Report on vaccination in Madras 1922-1929 - 1922-1929
Year: 1922
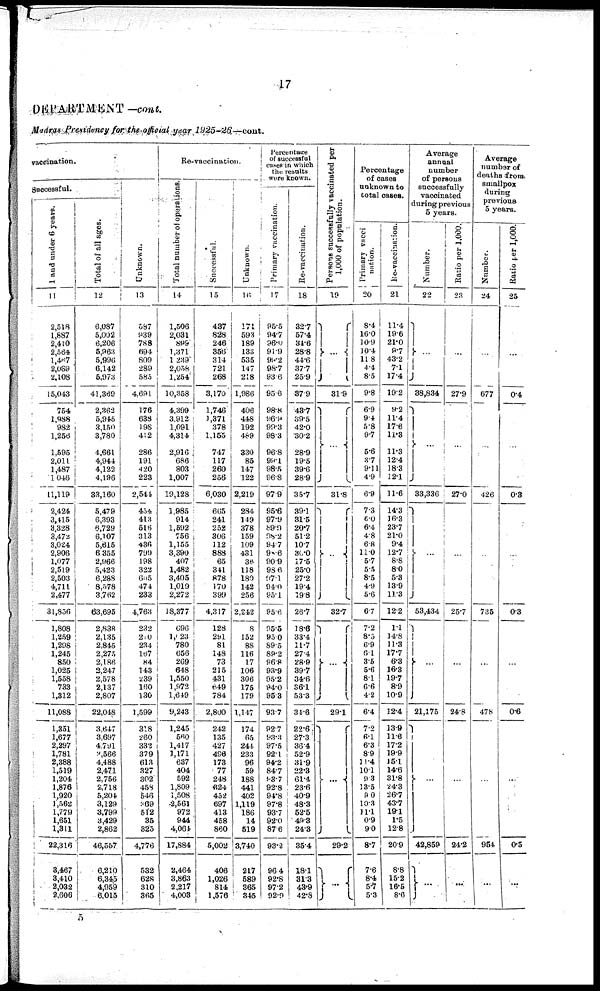
17
DEPARTMENT —cont.
Madras Presidency for the official year 1925-26—cont.
vaccination.
Successful.
1 and under 6 years.
11
2,5l8
1,887
2,410
2,564
1,467
2,089
2,108
15,043
754
1,988
982
1,256
1,595
2,011
1,487
1,046
11,119
2,424
3,415
3,328
3,472
3,024
2,906
1,077
2,519
2,503
4,711
2,477
31,836
1,808
1,259
1,298
1,245
850
1,025
1,558
733
1,312
11,088
1,351
1,677
2,297
1,781
2,388
1,519
1,204
1,876
1,920
1,562
1,779
1,651
1,311
22,316
3,467
3,410
2,032
2,606
Total of all ages.
12
6,087
5,002
6,206
5,963
5,996
6,142
5,973
41,369
2,362
5,945
3,150
3,780
4,661
4,944
4,122
4,196
33,160
5,479
6,393
6,729
6,107
5,615
6,355
2,966
5,423
6,288
8,578
3,762
63,695
2,838
2,135
2,845
2,275
2,186
2,247
2,578
2,137
2,807
22,048
3,647
3,697
4,79l
3,566
4,488
2,471
2,756
2,718
5,204
3,129
3,799
3,429
2,862
46,557
6,210
6,345
4,959
6,015
Unknown.
13
587
939
788
694
809
289
585
4,691
176
638
198
412
286
191
420
223
2,544
434
413
516
313
436
799
198
322
605
474
233
4,763
232
210
234
167
84
143
239
160
130
1,599
318
260
332
379
613
327
302
458
546
369
512
35
325
4,776
532
628
310
365
Re-vaccination.
Total number of operations.
14
1,506
2,031
899
1,371
1,239
2,058
1,254
10,358
4,399
3,912
1,091
4,314
2,916
686
803
1,007
19,128
1,985
914
1,592
756
1,155
3,390
407
1,482
3,405
1,019
2,272
18,377
696
1,023
780
656
269
648
1,550
1,972
1,649
9,243
1,245
560
1,417
1,171
637
404
592
1,809
1,508
2,561
972
944
4,061
17,884
2,464
3,863
2,217
4,003
Successful.
15
437
828
246
356
314
721
268
3,170
1,746
1,371
378
1,155
747
117
260
256
6,030
665
241
252
306
112
888
65
341
878
170
399
4,317
128
291
81
148
73
215
431
649
784
2,800
242
135
427
496
173
77
248
824
452
697
413
458
860
5,002
406
1,026
814
1,576
Unknown.
16
171
593
189
133
535
147
218
1,986
406
448
192
489
330
85
147
122
2,219
284
149
378
159
109
431
36
118
180
142
256
2,242
8
152
88
116
17
106
306
175
179
1,147
174
65
244
233
96
59
188
441
402
1,119
186
14
519
3,740
217
589
365
345
Percentage
of successful
cases in which
the results
were known.
Primary vaccination.
17
95.5
94.7
96·0
91.9
99·2
98·7
93.6
95·6
98.8
96.9
99.3
98.3
96.8
99.1
98.5
96.8
97.9
95.6
97.9
89·9
98·2
94.7
90·6
90.9
98.6
97·l
94.0
95·l
95.6
95.5
95.0
89·5
89.2
96.8
93.9
95.2
94.0
95.3
93.7
92.7
93.3
97.5
92.1
94.2
84.7
93.7
92.8
94.8
97.8
93.7
92.0
87.6
93.2
96.4
92.8
97.2
92·9
Re-vaccination.
18
32.7
57.4
34.6
28.8
44.6
37.7
25.9
37.9
43.7
39·5
42·0
30.2
28.9
19.5
39.6
28.9
35.7
39.1
31.5
20·7
51.2
10.7
30.0
17.5
25.0
27.2
19.4
19.8
26.7
18·6
33.4
11.7
27.4
28.9
39.7
34.6
36.1
53.3
34.6
22.6
27.3
36.4
52.9
31.9
22.3
6l·4
23.6
40.9
48.3
52.5
49.3
24.3
35.4
18·l
31.3
43.9
42·8
Persons successfully vaccinated per
1,000 of population.
19
...
31.9
...
3l·8
...
32.7
...
29.1
...
29.2
...
Percentage
of cases
unknown to
total cases.
Primary vacci
nation.
20
8.4
16.0
10.9
10.4
11.8
4.4
8.5
9.8
6.9
9.4
5.8
9.7
5.6
3.7
9.11
4.9
6.9
7.3
6·0 6.4
4.8
6.8
11.0
5.7
5.5
8.5
4.9
5.6
6.7
7.2
8.5
6.9
6.1
3.5
5.6
8.1
6.6
4.2
6.4
7.2
6.1
6.3
8.9
11.4
10.1
9.3
13.5
9.0
10.3
11.1
0.9
9.0
8.7
7.6
8·4
5.7
5.3
Re-vaccination.
21
11.4
19.6
21.0
9.7
43.2
7.1
17.4
19.2
9.2
11.4
17.6
11·3
11.3
12.4
18.3
12.1
11.6
14.3
16.3
23.7
21.0
9.4
12.7
8.8
8.0
5.3
13.9
11.3
12.2
1.1
14.8
11.3
17.7
6.3
16.3
19.7
8.9
10.9
12.4
13.9
11.6
17.2
19.9
15.1
14.6
31.8
24.3
26.7
43.7
19.1
1.5
12.8
20.9
8.8
15.2
16·5
8·6
Average
annual
number
of persons
successfully
vaccinated
during previous
5 years.
Number.
22
...
38,834
...
33,336
...
53,434
...
21,175
...
42,859
...
Ratio per 1,000.
23
...
27.9
...
27.0
...
25.7
...
24.8
...
24.2
...
Average
number of
deaths from.
smallpox
during
previous
5 years.
Number.
24
...
677
...
426
...
735
...
478
...
954
...
Ratio per 1,000.
25
...
0.4
...
0.3
...
0.3
...
0.6
...
0.5
...
5